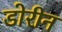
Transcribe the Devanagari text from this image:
डोरीन